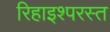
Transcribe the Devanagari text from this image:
रिहाइश्परस्त